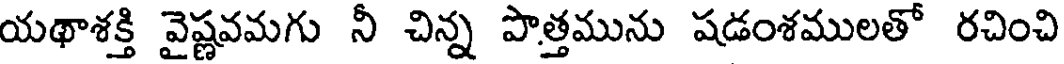
యథాశక్తి వైష్ణవమగు నీ చిన్న పొత్తమును షడంశములతో రచించి